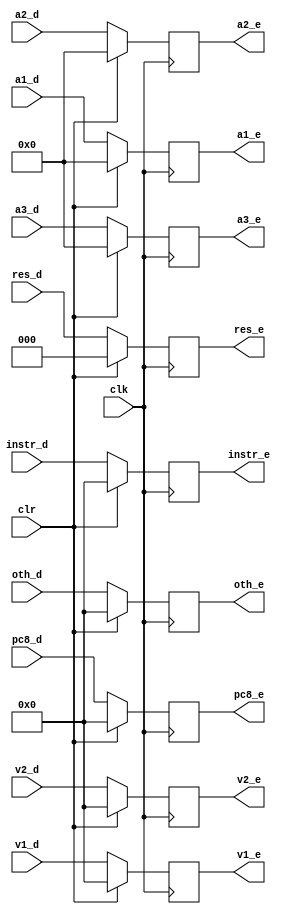
`timescale 1ns / 1ps

module Epipe(clk,clr,
res_d,instr_d,a1_d,a2_d,a3_d,v1_d,v2_d,oth_d,pc8_d,
res_e,instr_e,a1_e,a2_e,a3_e,v1_e,v2_e,oth_e,pc8_e);
input clk,clr;
input [2:0] res_d;
input [31:0] instr_d,v1_d,v2_d,oth_d,pc8_d;
input [4:0] a1_d,a2_d,a3_d;
output reg[2:0] res_e;
output reg[31:0] instr_e,v1_e,v2_e,oth_e,pc8_e;
output reg [4:0] a1_e,a2_e,a3_e;

initial begin
	res_e<=0;
	instr_e<=0; v1_e<=0; v2_e<=0; oth_e<=0; pc8_e<=0;
	a1_e<=0;a2_e<=0;a3_e<=0;
end

always @(posedge clk)
begin
	if (clr)
		begin
			res_e<=0;
			instr_e<=0; v1_e<=0; v2_e<=0; oth_e<=0; pc8_e<=0;
			a1_e<=0;a2_e<=0;a3_e<=0;
		end
	else 
		begin
			res_e<=res_d;
			instr_e<=instr_d; v1_e<=v1_d; v2_e<=v2_d; oth_e<=oth_d; pc8_e<=pc8_d;
			a1_e<=a1_d;a2_e<=a2_d;a3_e<=a3_d;
		end
end

endmodule